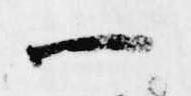
一